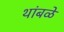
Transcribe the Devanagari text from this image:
थांबळे